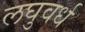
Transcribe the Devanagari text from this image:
लघुवर्ध